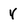
Character: Y